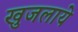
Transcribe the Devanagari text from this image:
खुजलाये